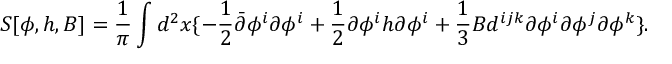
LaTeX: S [ \phi , h , B ] = \frac { 1 } { \pi } \int d ^ { 2 } x \{ - \frac { 1 } { 2 } \bar { \partial } \phi ^ { i } \partial \phi ^ { i } + \frac { 1 } { 2 } \partial \phi ^ { i } h \partial \phi ^ { i } + \frac { 1 } { 3 } B d ^ { i j k } \partial \phi ^ { i } \partial \phi ^ { j } \partial \phi ^ { k } \} .